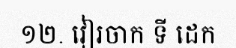
១២. វៀរចាក ទី ដេក